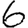
Digit: 6